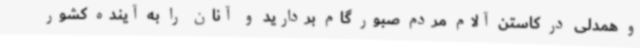
و همدلی در کاستن آلام مردم صبور گام بردارید و آنان را به آینده کشور